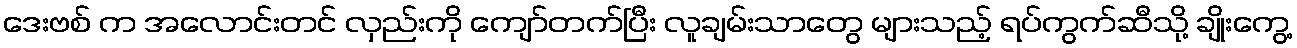
ဒေးဗစ် က အလောင်းတင် လှည်းကို ကျော်တက်ပြီး လူချမ်းသာတွေ များသည့် ရပ်ကွက်ဆီသို့ ချိုးကွေ့